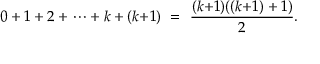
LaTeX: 0 + 1 + 2 + \cdots + k + ( k { + } 1 ) \ = \ { \frac { ( k { + } 1 ) ( ( k { + } 1 ) + 1 ) } { 2 } } .